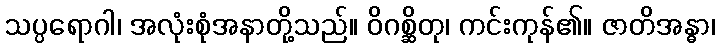
သပ္ပရောဂါ၊ အလုံးစုံအနာတို့သည်။ ဝိဂစ္ဆိတု၊ ကင်းကုန်၏။ ဇာတိအန္ဓာ၊